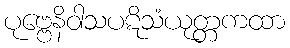
ပုဗ္ဗေနိဝါသပဋိသံယုတ္တကထာ